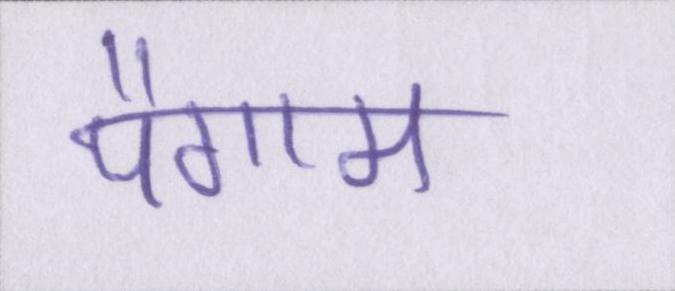
पैगाम